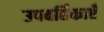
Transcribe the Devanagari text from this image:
उपबर्हिकाएँ